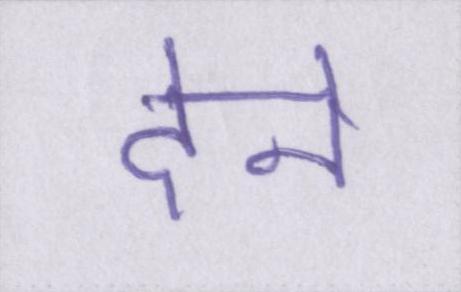
देने